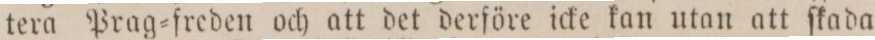
tera Prag=freden och att det derföre icke kan utan att ſkada